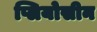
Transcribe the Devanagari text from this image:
प्लियोसीन